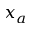
x _ { a }